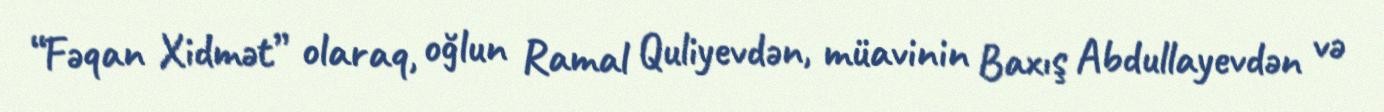
“Fəqan Xidmət” olaraq, oğlun Ramal Quliyevdən, müavinin Baxış Abdullayevdən və